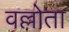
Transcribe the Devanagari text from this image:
वल्लोता